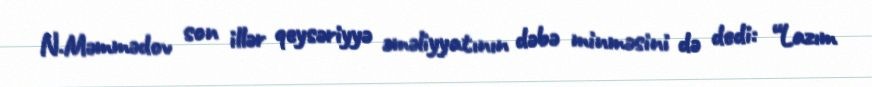
N.Məmmədov son illər qeysəriyyə əməliyyatının dəbə minməsini də dedi: “Lazım